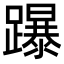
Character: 𨇅